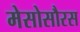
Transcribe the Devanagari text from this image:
मेसोसौरस